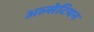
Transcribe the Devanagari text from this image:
अल्सेटियन